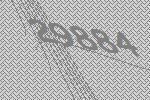
29884